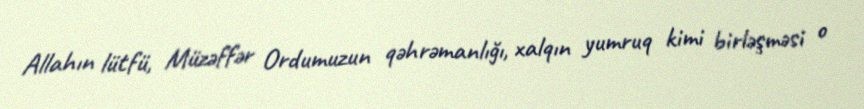
Allahın lütfü, Müzəffər Ordumuzun qəhrəmanlığı, xalqın yumruq kimi birləşməsi o